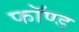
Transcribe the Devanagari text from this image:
फॉण्ड